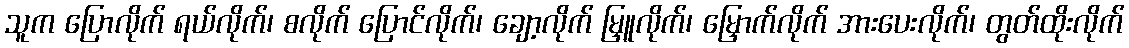
သူက ပြောလိုက် ရယ်လိုက်၊ စလိုက် ပြောင်လိုက်၊ ချော့လိုက် မြှူလိုက်၊ မြှောက်လိုက် အားပေးလိုက်၊ တွတ်ထိုးလိုက်